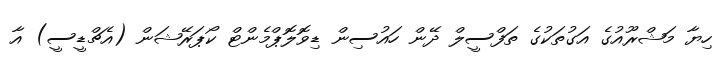
ހިޔާ މަޝްރޫއުގެ އަގުތަކުގެ ތަފްސީލް ދޭން ހައުސިން ޑިވޮލޮޕްމެންޓް ކޯޕަރޭޝަން (އެޗްޑީސީ) އާ